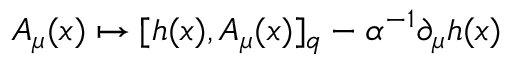
A _ { \mu } ( x ) \mapsto [ h ( x ) , A _ { \mu } ( x ) ] _ { q } - \alpha ^ { - 1 } \partial _ { \mu } h ( x )